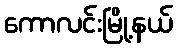
ကောလင်းမြို့နယ်